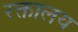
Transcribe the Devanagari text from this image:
रक्तालय